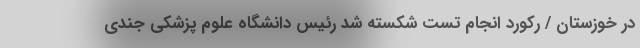
در خوزستان / رکورد انجام تست شکسته شد رئیس دانشگاه علوم پزشکی جندی